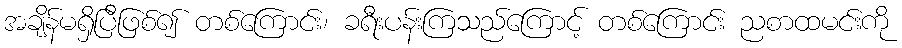
အချိန်မရှိပြီဖြစ်၍ တစ်ကြောင်း၊ ခရီးပန်းကြသည်ကြောင့် တစ်ကြောင်း ညစာထမင်းကို